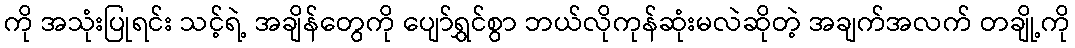
ကို အသုံးပြုရင်း သင့်ရဲ့ အချိန်တွေကို ပျော်ရွှင်စွာ ဘယ်လိုကုန်ဆုံးမလဲဆိုတဲ့ အချက်အလက် တချို့ကို